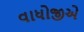
વાધોજીએ